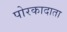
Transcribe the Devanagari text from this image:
पोरकादाता